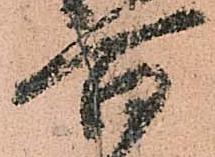
百